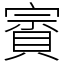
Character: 賨